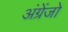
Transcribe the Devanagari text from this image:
अंग्रेंजो